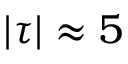
| \tau | \approx 5